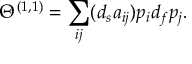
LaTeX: \Theta ^ { ( 1 , 1 ) } = \sum _ { i j } ( d _ { s } a _ { i j } ) p _ { i } d _ { f } p _ { j } .